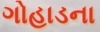
ગોહાડના